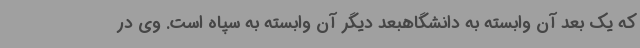
که یک بعد آن وابسته به دانشگاهبعد دیگر آن وابسته به سپاه است. وی در